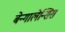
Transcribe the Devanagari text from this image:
बेन्गालेन्सिस